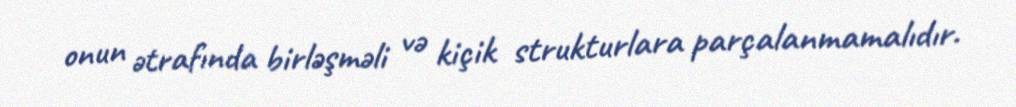
onun ətrafında birləşməli və kiçik strukturlara parçalanmamalıdır.